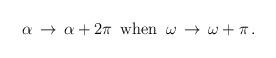
LaTeX: \begin{align*}\alpha \, \rightarrow \, \alpha +2\pi \, \, \, \textrm{when}\, \, \, \omega \, \rightarrow \, \omega +\pi \, .\end{align*}